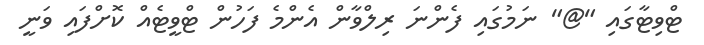
ޓްވިޓާގައި "@" ނަމުގައި ފެންނަ ރިލްވާން އެންމެ ފަހުން ޓްވީޓެއް ކޮށްފައި ވަނީ